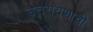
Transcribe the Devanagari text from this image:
उत्तरायणाची